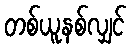
တစ်ယူနစ်လျှင်